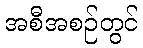
အစီအစဉ်တွင်